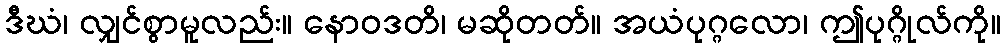
ဒီဃံ၊ လျှင်စွာမူလည်း။ နောဝဒတိ၊ မဆိုတတ်။ အယံပုဂ္ဂလော၊ ဤပုဂ္ဂိုလ်ကို။